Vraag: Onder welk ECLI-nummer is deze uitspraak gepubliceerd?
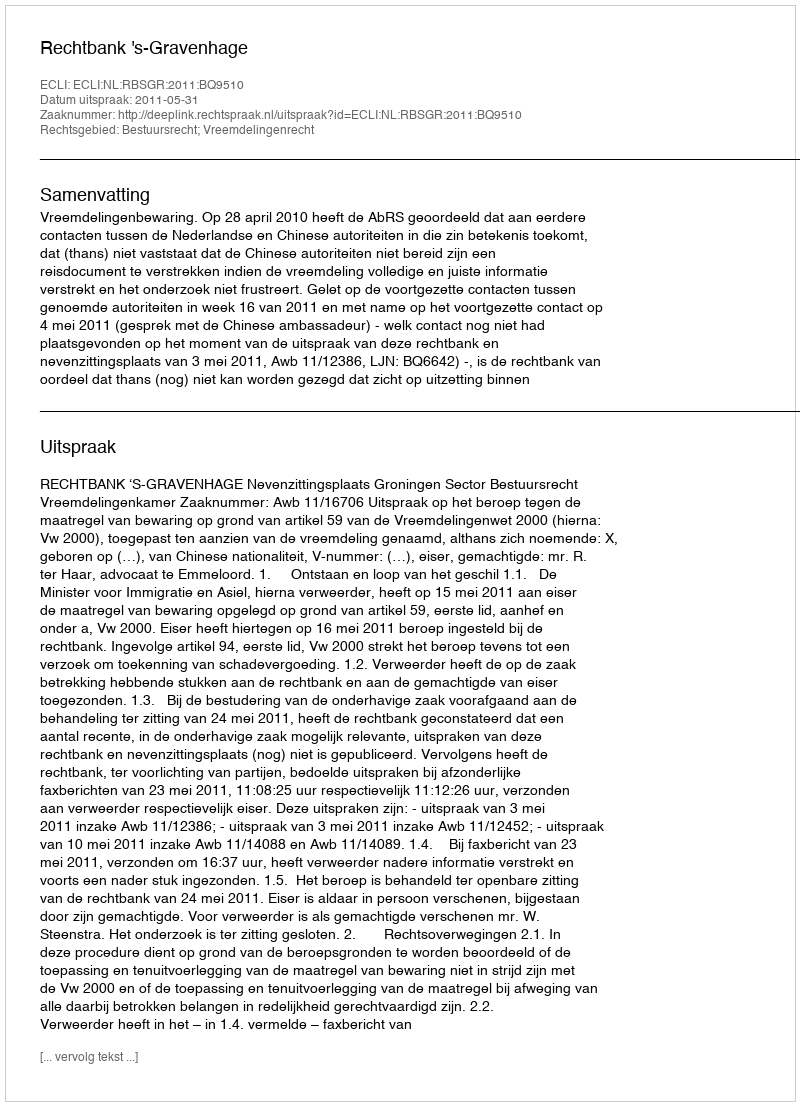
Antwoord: ECLI:NL:RBSGR:2011:BQ9510